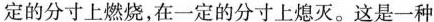
定的分寸上燃烧，在一定的分寸上熄灭。这是一种